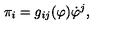
\pi _ { i } = g _ { i j } ( \varphi ) \dot { \varphi } ^ { j } ,